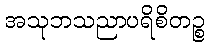
အသုဘသညာပရိစိတဉ္စ